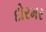
દોરમર